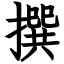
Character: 撰